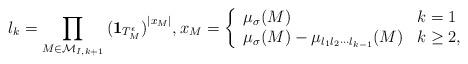
LaTeX: \begin{align*} l_k= \prod_{M\in \mathcal{M}_{I,k+1}} {({\bf 1}_{T_M^{\epsilon}})}^{|x_M|}, x_M =\left\{ \begin{array}{ll} \mu_\sigma(M) & k=1 \\ \mu_\sigma(M)-\mu_{l_1 l_2\cdots l_{k-1}}(M) & k \geq 2, \end{array} \right. \end{align*}